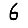
Digit: 6